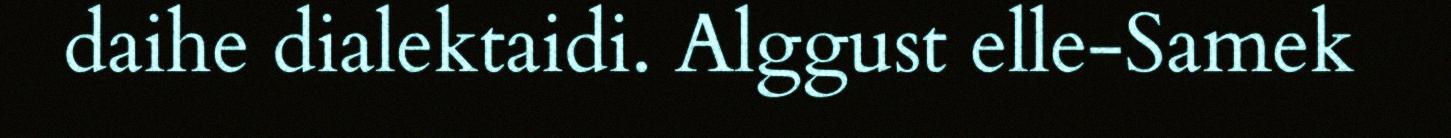
daihe dialektaidi. Alggust elle-Samek